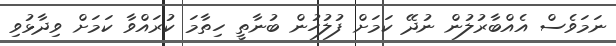
ނަމަވެސް އެއްބާރުލުން ނުދޭ ކަމަށް ފުލުހުން ބުނާތީ ހިތާމަ ކުރައްވާ ކަމަށް ވިދާޅުވި